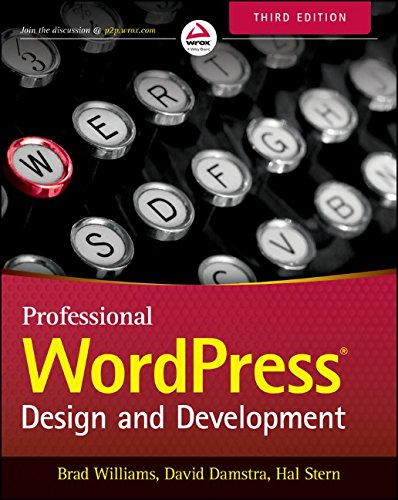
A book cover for Professional WordPress: Design and Development; Brad Williams; Computers & Technology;